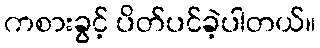
ကစားခွင့် ပိတ်ပင်ခဲ့ပါတယ်။